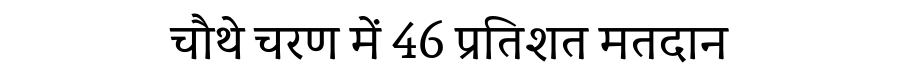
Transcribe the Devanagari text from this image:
चौथे चरण में 46 प्रतिशत मतदान